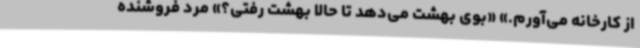
از کارخانه می‌آورم.» «بوی بهشت می‌دهد تا حالا بهشت رفتی؟» مرد فروشنده